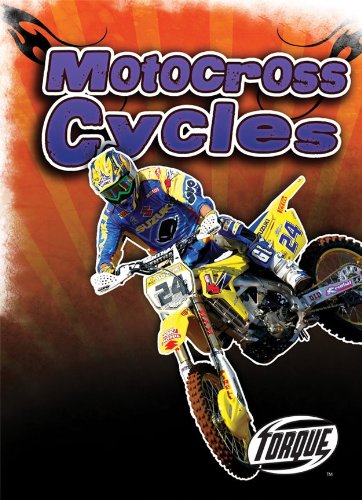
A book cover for Motocross Cycles (Paperback) (Torque Books: Cool Rides); Jack David; Children's Books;